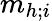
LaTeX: m_{h;i}